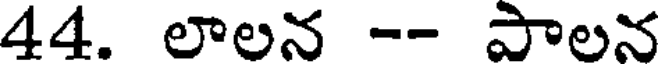
44. లాలన -- పాలన